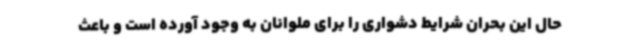
حال این بحران شرایط دشواری را برای ملوانان به وجود آورده است و باعث